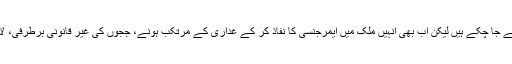
سابق فوجی حکمران بلوچ رہنما نواب اکبر بگٹی قتل کیس میں بری کیے جا چکے ہیں لیکن اب بھی انہیں ملک میں ایمرجنسی کا نفاذ کر کے غداری کے مرتکب ہونے، ججوں کی غیر قانونی برطرفی، لال مسجد آپریشن اور بینظیر بھٹو کے قتل جیسے مقدمات کا سامنا ہے۔